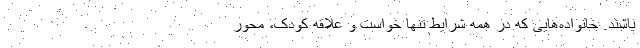
باشند. خانواده‌‌هایی که در همه شرایط تنها خواست و علاقه کودک، محور